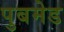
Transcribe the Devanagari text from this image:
पुबमेड